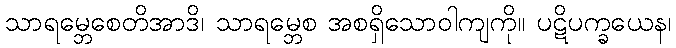
သာရမ္ဘေစေတိအာဒိ၊ သာရမ္ဘေစ အစရှိသောဝါကျကို။ ပဋိပက္ခယေန၊